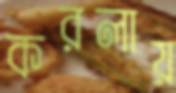
করলায়